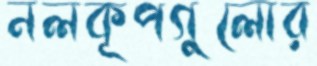
নলকূপগুলোর